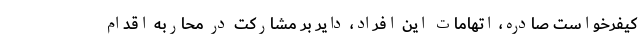
کیفرخواست صادره، اتهامات این افراد، دایر بر مشارکت در محاربه اقدام